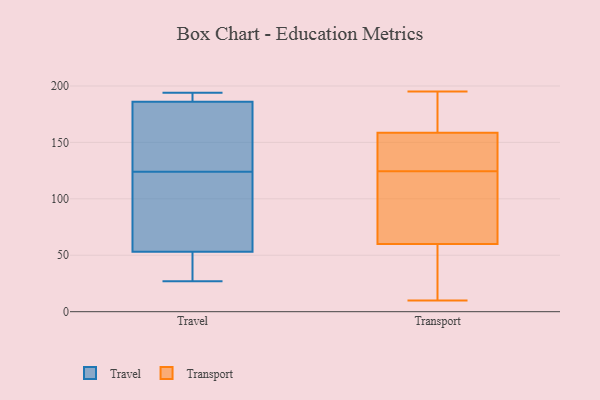
{"axis": {"x": "Conversion Rate (%)", "y": "Value"}, "legend": ["Transport", "Travel"], "data": [{"x": "", "y": 173, "type": "Travel"}, {"x": "", "y": 42, "type": "Travel"}, {"x": "", "y": 169, "type": "Travel"}, {"x": "", "y": 186, "type": "Travel"}, {"x": "", "y": 27, "type": "Travel"}, {"x": "", "y": 113, "type": "Travel"}, {"x": "", "y": 170, "type": "Travel"}, {"x": "", "y": 68, "type": "Travel"}, {"x": "", "y": 44, "type": "Travel"}, {"x": "", "y": 94, "type": "Travel"}, {"x": "", "y": 37, "type": "Travel"}, {"x": "", "y": 191, "type": "Travel"}, {"x": "", "y": 190, "type": "Travel"}, {"x": "", "y": 53, "type": "Travel"}, {"x": "", "y": 80, "type": "Travel"}, {"x": "", "y": 135, "type": "Travel"}, {"x": "", "y": 192, "type": "Travel"}, {"x": "", "y": 194, "type": "Travel"}, {"x": "", "y": 168, "type": "Transport"}, {"x": "", "y": 177, "type": "Transport"}, {"x": "", "y": 51, "type": "Transport"}, {"x": "", "y": 165, "type": "Transport"}, {"x": "", "y": 131, "type": "Transport"}, {"x": "", "y": 10, "type": "Transport"}, {"x": "", "y": 133, "type": "Transport"}, {"x": "", "y": 95, "type": "Transport"}, {"x": "", "y": 20, "type": "Transport"}, {"x": "", "y": 65, "type": "Transport"}, {"x": "", "y": 195, "type": "Transport"}, {"x": "", "y": 118, "type": "Transport"}, {"x": "", "y": 55, "type": "Transport"}, {"x": "", "y": 71, "type": "Transport"}, {"x": "", "y": 152, "type": "Transport"}, {"x": "", "y": 138, "type": "Transport"}]}